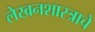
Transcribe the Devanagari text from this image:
लेखनशास्त्राचे